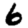
Digit: 6